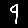
Digit: 9